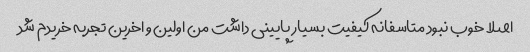
اصلا خوب نبود متاسفانه کیفیت بسیار پایینی داشت من اولین و اخرین تجربه خریدم شد